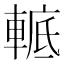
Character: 𨌮